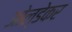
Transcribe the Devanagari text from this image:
ओल्डेकर